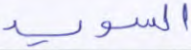
السويد